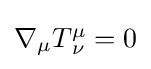
{\textstyle \nabla _{\mu }T_{\,\nu }^{\mu }=0}